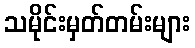
သမိုင်းမှတ်တမ်းများ